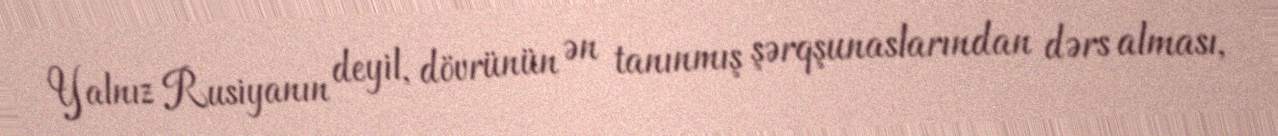
Yalnız Rusiyanın deyil, dövrünün ən tanınmış şərqşunaslarından dərs alması,